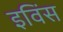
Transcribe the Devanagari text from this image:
इविंस